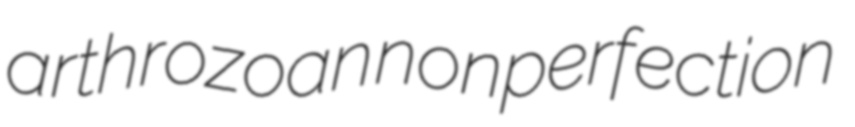
arthrozoan nonperfection